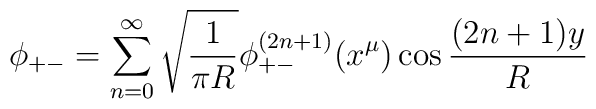
\phi_{+-}=\sum^\infty_{n=0}\sqrt{\frac{1}{\pi R}}\phi^{(2n+1)}_{+-}(x^\mu)\cos\frac{(2n+1)y}{R}